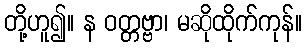
တို့ဟူ၍။ န ဝတ္တဗ္ဗာ၊ မဆိုထိုက်ကုန်။